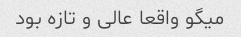
میگو واقعا عالی و تازه بود